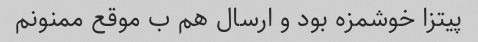
پیتزا خوشمزه بود و ارسال هم ب موقع ممنونم